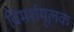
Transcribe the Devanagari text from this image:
विमर्शमूलक